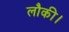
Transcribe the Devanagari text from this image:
लौकी।